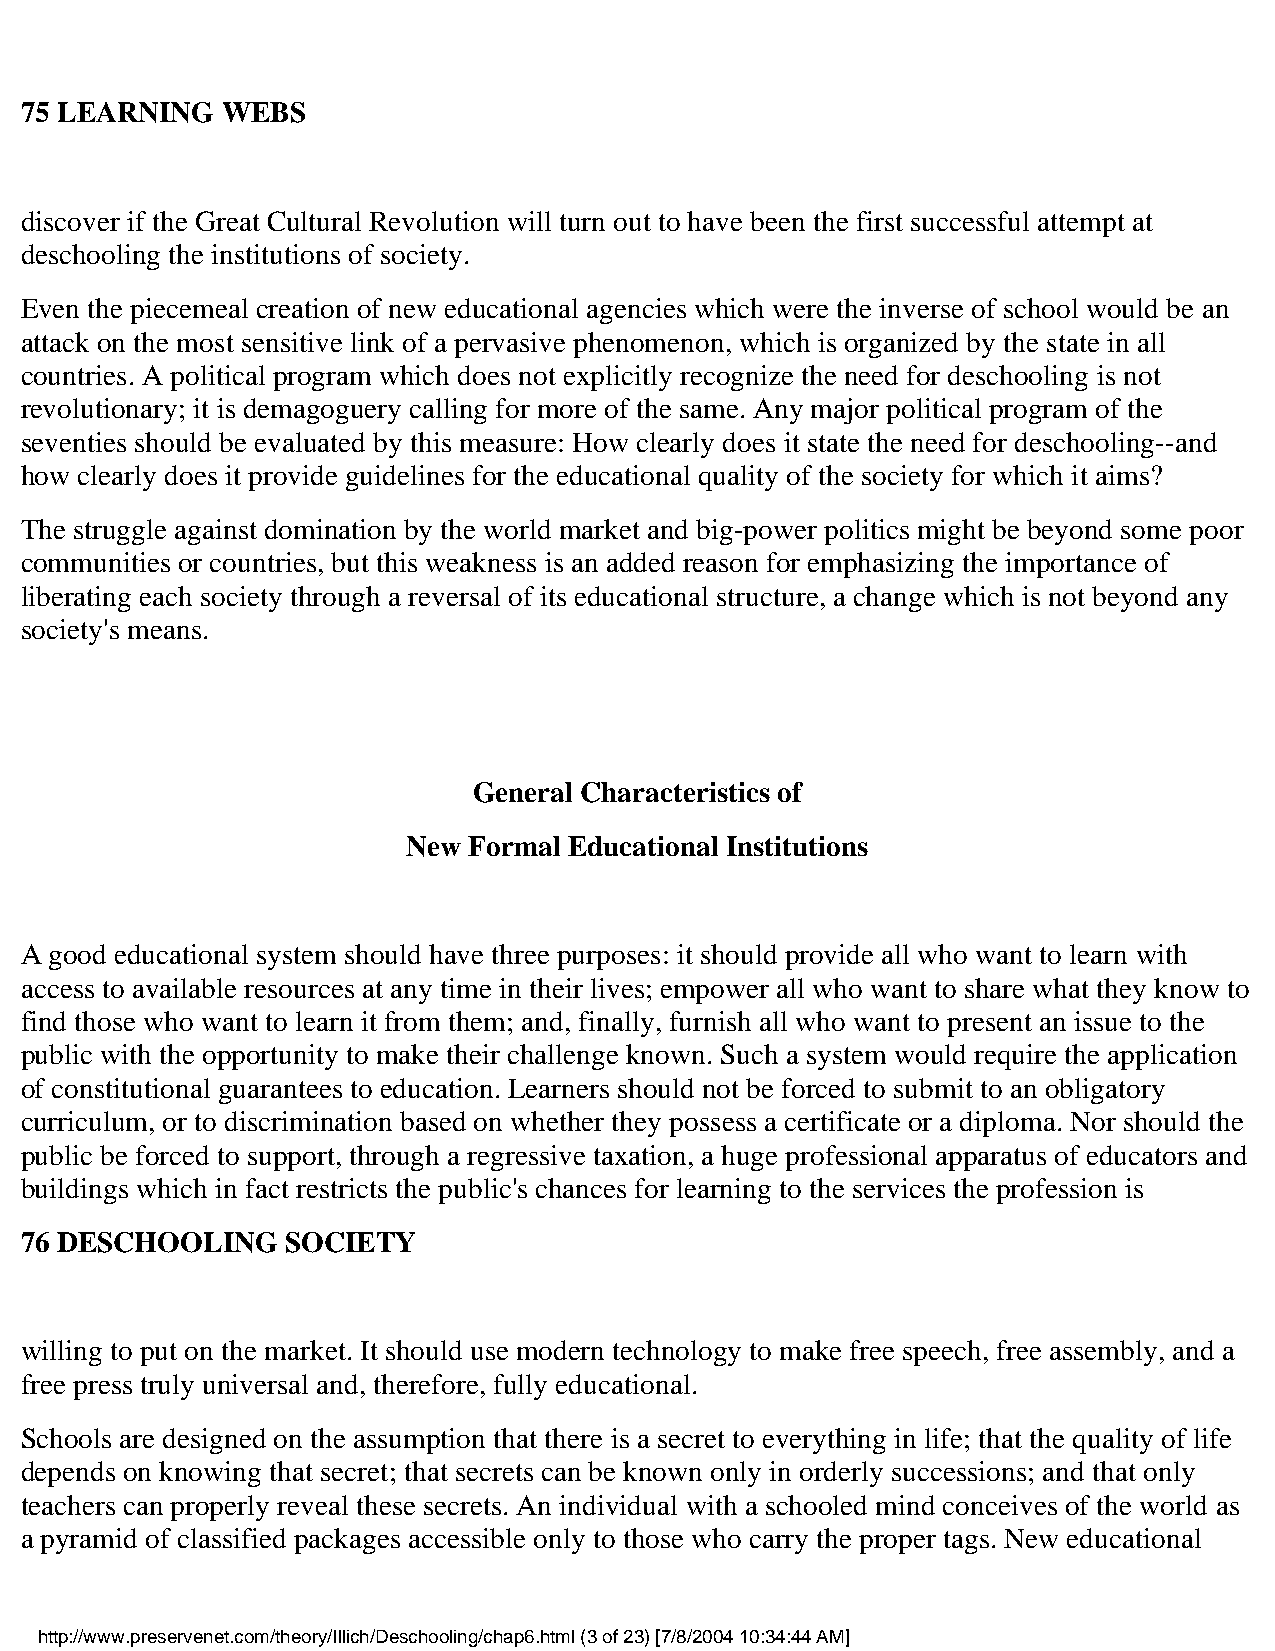
75 LEARNING   WEBS
 discover if the Great Cultural Revolution will turn out to have been the first successful attempt at
 deschooling the institutions of society.
 Even the piecemeal creation of new educational agencies which were the inverse of school would be an
 attack on the most sensitive link of a pervasive phenomenon, which is organized by the state in all
 countries. A political program which does not explicitly recognize the need for deschooling is not
 revolutionary; it is demagoguery calling for more of the same. Any major political program of the
 seventies should be evaluated by this measure: How clearly does it state the need for deschooling--and
 how clearly does it provide guidelines for the educational quality of the society for which it aims?
 The struggle against domination by the world market and big-power politics might be beyond some poor
 communities or countries, but this weakness is an added reason for emphasizing the importance of
 liberating each society through a reversal of its educational structure, a change which is not beyond any
 society's means.
 General Characteristics of
 New Formal Educational Institutions
 A good educational system should have three purposes: it should provide all who want to learn with
 access to available resources at any time in their lives; empower all who want to share what they know to
 find those who want to learn it from them; and, finally, furnish all who want to present an issue to the
 public with the opportunity to make their challenge known. Such a system would require the application
 of constitutional guarantees to education. Learners should not be forced to submit to an obligatory
 curriculum, or to discrimination based on whether they possess a certificate or a diploma. Nor should the
 public be forced to support, through a regressive taxation, a huge professional apparatus of educators and
 buildings which in fact restricts the public's chances for learning to the services the profession is
 76 DESCHOOLING    SOCIETY
 willing to put on the market. It should use modern technology to make free speech, free assembly, and a
 free press truly universal and, therefore, fully educational.
 Schools are designed on the assumption that there is a secret to everything in life; that the quality of life
 depends on knowing that secret; that secrets can be known only in orderly successions; and that only
 teachers can properly reveal these secrets. An individual with a schooled mind conceives of the world as
 a pyramid of classified packages accessible only to those who carry the proper tags. New educational
 http://www.preservenet.com/theory/Illich/Deschooling/chap6.html (3 of 23) [7/8/2004 10:34:44 AM]